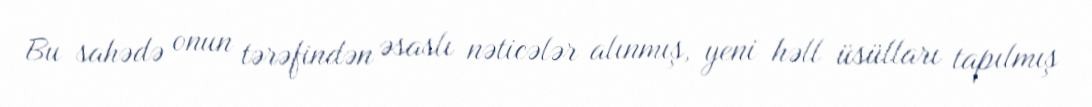
Bu sahədə onun tərəfindən əsaslı nəticələr alınmış, yeni həll üsülları tapılmış